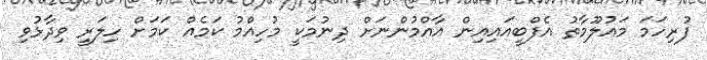
ފުރިހަމަ މައުލޫމާތު އެފްބީއައިއިން އާއްމުންނަށް ދިނުމަކީ މުހިއްމު ކަމެއް ކަމަށް ހިލަރީ ވިދާޅުވި